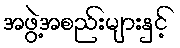
အဖွဲ့အစည်းများနှင့်